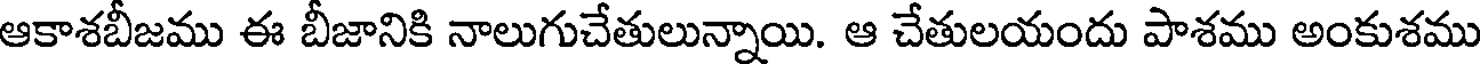
ఆకాశబీజము ఈ బీజానికి నాలుగుచేతులున్నాయి. ఆ చేతులయందు పాశము అంకుశము